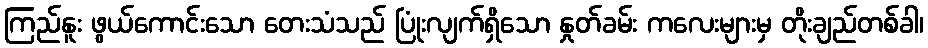
ကြည်နူး ဖွယ်ကောင်းသော တေးသံသည် ပြုံးလျက်ရှိသော နှုတ်ခမ်း ကလေးများမှ တိုးချည်တစ်ခါ၊